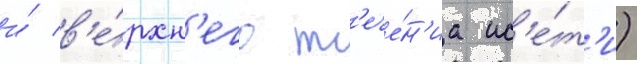
и́ в'е́рхн'его т'ече́н'иа ис'е́т'и)